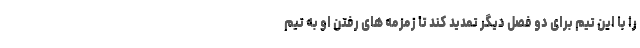
را با این تیم برای دو فصل دیگر تمدید کند تا زمزمه های رفتن او به تیم